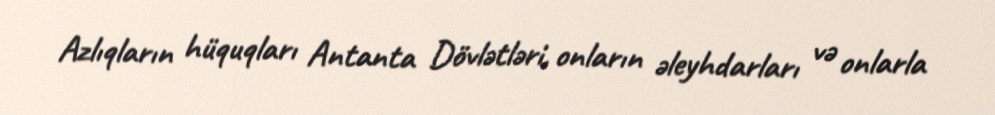
Azlıqların hüquqları Antanta Dövlətləri, onların əleyhdarları və onlarla